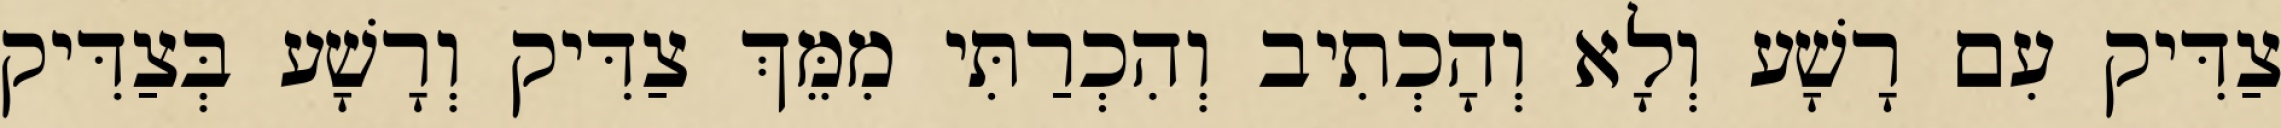
צַדִּיק עִם רָשָׁע וְלָא וְהָכְתִיב וְהִכְרַתִּי מִמֵּךְ צַדִּיק וְרָשָׁע בְּצַדִּיק